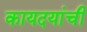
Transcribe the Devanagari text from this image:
कायदयांची